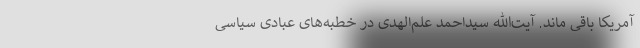
آمریکا باقی ماند. آیت‌الله سیداحمد علم‌الهدی در خطبه‌های عبادی سیاسی